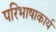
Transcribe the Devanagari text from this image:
परिभाषाकार्य